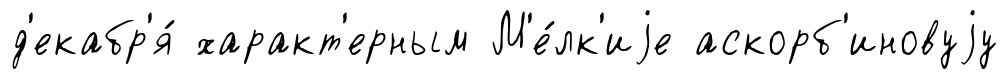
д'екабр'я́ характ'ерным М'е́лк'иjе аскорб'иновуjу